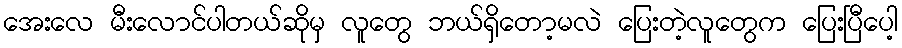
အေးလေ မီးလောင်ပါတယ်ဆိုမှ လူတွေ ဘယ်ရှိတော့မလဲ ပြေးတဲ့လူတွေက ပြေးပြီပေါ့